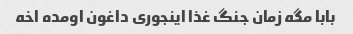
بابا مگه زمان جنگ غذا اینجوری داغون اومده اخه